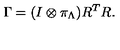
\Gamma = ( I \otimes \pi _ { \Lambda } ) R ^ { T } R .